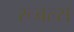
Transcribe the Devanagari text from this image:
रूबल्स